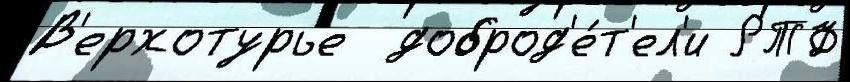
В'ерхотурье  доброд'е́т'ел'и РТФ